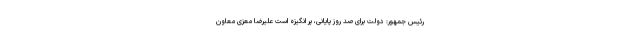
رئیس جمهور: دولت برای صد روز پایانی، پر انگیزه است علیرضا معزی معاون